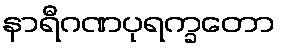
နာရီဂဏပုရက္ခတော